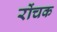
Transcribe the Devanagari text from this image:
रोंचक